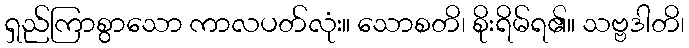
ရှည်ကြာစွာသော ကာလပတ်လုံး။ သောစတိ၊ စိုးရိမ်ရ၏။ သဗ္ဗဒါတိ၊